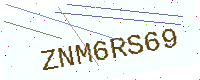
Text: ZNM6RS69